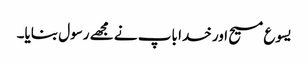
یسوع مسیح اور خدا باپ نے مجھے رسول بنایا۔